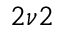
2 \nu 2